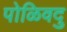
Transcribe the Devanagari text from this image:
पोळिवदु